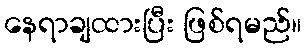
နေရာချထားပြီး ဖြစ်ရမည်။